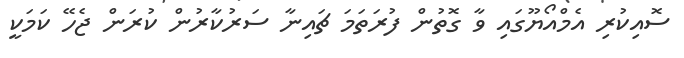
ސޮއިކުރި އެމްއޯޔޫގައި ވާ ގޮތުން ފުރަތަމަ ޗައިނާ ސަރުކާރުން ކުރަން ޖެހޭ ކަމަކީ